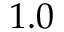
Ḋ 1 . 0 Ḍ